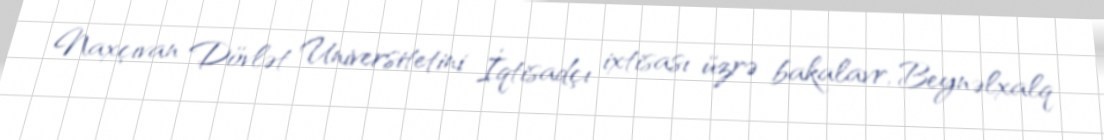
Naxçıvan Dövlət Universitetini İqtisadçı ixtisası üzrə bakalavr, Beynəlxalq